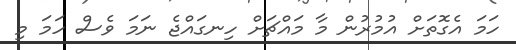
ހަމަ އެގޮތަށް އުމުރުން މާ މައްޗަށް ހިނގައްޖެ ނަމަ ވެސް ހަމަ މި